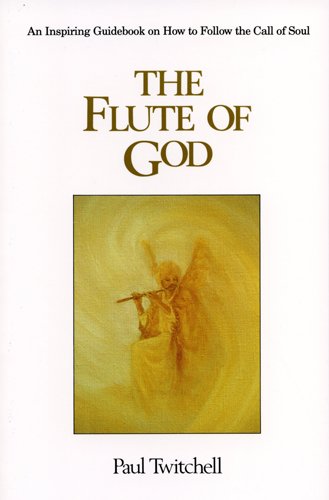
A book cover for The Flute of God; Paul Twitchell; Religion & Spirituality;